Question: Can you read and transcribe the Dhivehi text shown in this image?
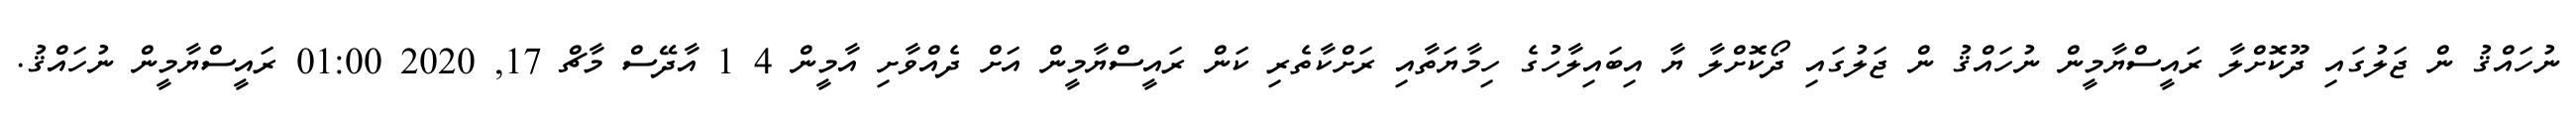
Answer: ނުހައްޤު ން ޖަލުގައި ދޫކޮށްލާ ރައީސްޔާމީން ނުހައްޤު ން ޖަލުގައި ދޯކޮށްލާ ޔާ އިބައިލާހުގެ ހިމާޔަތާއި ރަށްކާތެރި ކަން ރައީސްޔާމީން އަށް ދެއްވާށި އާމީން 4 1 އާދޭސް މާޗް 17, 2020 01:00 ރައީސްޔާމީން ނުހައްޤު.